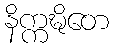
နိက္ကဍ္ဎိတေ